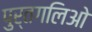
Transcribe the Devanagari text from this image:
पुर्तगलिओ